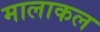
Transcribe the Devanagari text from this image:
मालाकल